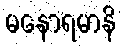
မနောရမာနိ